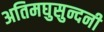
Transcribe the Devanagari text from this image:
अतिमघुसुन्दनी